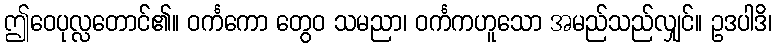
ဤဝေပုလ္လတောင်၏။ ဝင်္ကကော တွေဝ သမညာ၊ ဝင်္ကကဟူသော အမည်သည်လျှင်။ ဥဒပါဒိ၊